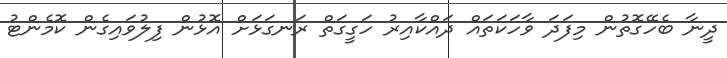
ދީނާ ބެހޭގޮތުން މިފަދަ ވާހަކަތައް ދައްކާއިރު ހަގީގަތް ރަނގަޅަށް އޮޅުން ފިލުވައިގެން ކޮމެންޓު